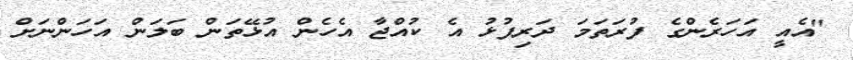
"އެއީ އަހަރެންގެ ފުރަތަމަ ދަރިފުޅު އެ ކުއްޖާ އެހެން އުޅޭތަން ބަލަން އަހަންނަށް